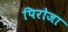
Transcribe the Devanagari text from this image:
पिरोजा